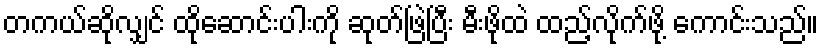
တကယ်ဆိုလျှင် ထိုဆောင်းပါးကို ဆုတ်ဖြဲပြီး မီးဖိုထဲ ထည့်လိုက်ဖို့ ကောင်းသည်။